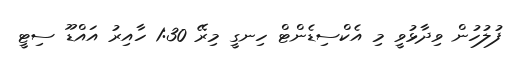
ފުލުހުން ވިދާޅުވީ މި އެކްސިޑެންޓް ހިނގީ މިރޭ 1:30 ހާއިރު އައްޑޫ ސިޓީ